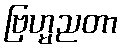
ဗြဟ္မညတာ